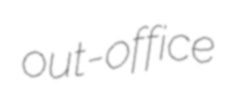
out-office